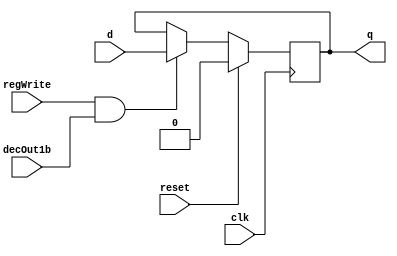
//RegisterFile.v

//D flip-flop implementation
module D_ff( input clk, input reset, input regWrite, input decOut1b , input d, output reg q);
    always @ (negedge clk)
    begin
    if(reset==1)
        q=0;
    else
        if(regWrite == 1 && decOut1b==1)
        begin
            q=d;
        end
    end
endmodule

//32 bit register
module register32bit(input clk, input reset, input regWrite, input decoderOut1bit, input[31:0] writeData, output[31:0] regOut);
//A N-bit register consists of N D flip-flops, each storing a bit of data.
//In this case, there will be 32 instances of D_ff, each taking writeData[0]...[31] as the d input and regOut[0]...[31] as the q output
//WRITE CODE HERE

    D_ff dff0(clk, reset, regWrite, decoderOut1bit, writeData[0], regOut[0]);
    D_ff dff1(clk, reset, regWrite, decoderOut1bit, writeData[1], regOut[1]);
    D_ff dff2(clk, reset, regWrite, decoderOut1bit, writeData[2], regOut[2]);
    D_ff dff3(clk, reset, regWrite, decoderOut1bit, writeData[3], regOut[3]);
    D_ff dff4(clk, reset, regWrite, decoderOut1bit, writeData[4], regOut[4]);
    D_ff dff5(clk, reset, regWrite, decoderOut1bit, writeData[5], regOut[5]);
    D_ff dff6(clk, reset, regWrite, decoderOut1bit, writeData[6], regOut[6]);
    D_ff dff7(clk, reset, regWrite, decoderOut1bit, writeData[7], regOut[7]);
    D_ff dff8(clk, reset, regWrite, decoderOut1bit, writeData[8], regOut[8]);
    D_ff dff9(clk, reset, regWrite, decoderOut1bit, writeData[9], regOut[9]);
    D_ff dff10(clk, reset, regWrite, decoderOut1bit, writeData[10], regOut[10]);
    D_ff dff11(clk, reset, regWrite, decoderOut1bit, writeData[11], regOut[11]);
    D_ff dff12(clk, reset, regWrite, decoderOut1bit, writeData[12], regOut[12]);
    D_ff dff13(clk, reset, regWrite, decoderOut1bit, writeData[13], regOut[13]);
    D_ff dff14(clk, reset, regWrite, decoderOut1bit, writeData[14], regOut[14]);
    D_ff dff15(clk, reset, regWrite, decoderOut1bit, writeData[15], regOut[15]);
    D_ff dff16(clk, reset, regWrite, decoderOut1bit, writeData[16], regOut[16]);
    D_ff dff17(clk, reset, regWrite, decoderOut1bit, writeData[17], regOut[17]);
    D_ff dff18(clk, reset, regWrite, decoderOut1bit, writeData[18], regOut[18]);
    D_ff dff19(clk, reset, regWrite, decoderOut1bit, writeData[19], regOut[19]);
    D_ff dff20(clk, reset, regWrite, decoderOut1bit, writeData[20], regOut[20]);
    D_ff dff21(clk, reset, regWrite, decoderOut1bit, writeData[21], regOut[21]);
    D_ff dff22(clk, reset, regWrite, decoderOut1bit, writeData[22], regOut[22]);
    D_ff dff23(clk, reset, regWrite, decoderOut1bit, writeData[23], regOut[23]);
    D_ff dff24(clk, reset, regWrite, decoderOut1bit, writeData[24], regOut[24]);
    D_ff dff25(clk, reset, regWrite, decoderOut1bit, writeData[25], regOut[25]);
    D_ff dff26(clk, reset, regWrite, decoderOut1bit, writeData[26], regOut[26]);
    D_ff dff27(clk, reset, regWrite, decoderOut1bit, writeData[27], regOut[27]);
    D_ff dff28(clk, reset, regWrite, decoderOut1bit, writeData[28], regOut[28]);
    D_ff dff29(clk, reset, regWrite, decoderOut1bit, writeData[29], regOut[29]);
    D_ff dff30(clk, reset, regWrite, decoderOut1bit, writeData[30], regOut[30]);
    D_ff dff31(clk, reset, regWrite, decoderOut1bit, writeData[31], regOut[31]);

endmodule

//Active high decoder
module decoder_5to32(input[4:0] in, output reg[31:0] decOut);
//WRITE CODE HERE
    
	always @ (in) begin
		case (in)
			5'd0 : decOut = 32'b00000000000000000000000000000001;
			5'd1 : decOut = 32'b00000000000000000000000000000010;
			5'd2 : decOut = 32'b00000000000000000000000000000100;
			5'd3 : decOut = 32'b00000000000000000000000000001000;
			5'd4 : decOut = 32'b00000000000000000000000000010000;
			5'd5 : decOut = 32'b00000000000000000000000000100000;
			5'd6 : decOut = 32'b00000000000000000000000001000000;
			5'd7 : decOut = 32'b00000000000000000000000010000000;
			5'd8 : decOut = 32'b00000000000000000000000100000000;
			5'd9 : decOut = 32'b00000000000000000000001000000000;
			5'd10 : decOut = 32'b00000000000000000000010000000000;
			5'd11 : decOut = 32'b00000000000000000000100000000000;
			5'd12 : decOut = 32'b00000000000000000001000000000000;
			5'd13 : decOut = 32'b00000000000000000010000000000000;
			5'd14 : decOut = 32'b00000000000000000100000000000000;
			5'd15 : decOut = 32'b00000000000000001000000000000000;
			5'd16 : decOut = 32'b00000000000000010000000000000000;
			5'd17 : decOut = 32'b00000000000000100000000000000000;
			5'd18 : decOut = 32'b00000000000001000000000000000000;
			5'd19 : decOut = 32'b00000000000010000000000000000000;
			5'd20 : decOut = 32'b00000000000100000000000000000000;
			5'd21 : decOut = 32'b00000000001000000000000000000000;
			5'd22 : decOut = 32'b00000000010000000000000000000000;
			5'd23 : decOut = 32'b00000000100000000000000000000000;
			5'd24 : decOut = 32'b00000001000000000000000000000000;
			5'd25 : decOut = 32'b00000010000000000000000000000000;
			5'd26 : decOut = 32'b00000100000000000000000000000000;
			5'd27 : decOut = 32'b00001000000000000000000000000000;
			5'd28 : decOut = 32'b00010000000000000000000000000000;
			5'd29 : decOut = 32'b00100000000000000000000000000000;
			5'd30 : decOut = 32'b01000000000000000000000000000000;
			5'd31 : decOut = 32'b10000000000000000000000000000000;
		endcase
	end

endmodule

// select 0 = in0 1 = in1
module mux2to1_5bit(input [4:0] in0, input [4:0] in1, input select, output reg [4:0] muxOut);
  //WRITE CODE HERE

	always @ (in0 or in1 or select) begin
		case (select)
			1'd0 : muxOut = in0;
			1'd1 : muxOut = in1;
		endcase
	end

endmodule

module mux32to1_32bit(input[31:0] in0, input[31:0] in1, input[31:0] in2, input[31:0] in3, input[31:0] in4, input[31:0] in5, input[31:0] in6, input[31:0] in7,
    input[31:0] in8, input[31:0] in9, input[31:0] in10, input[31:0] in11, input[31:0] in12, input[31:0] in13, input[31:0] in14, input[31:0] in15,
    input[31:0] in16, input[31:0] in17, input[31:0] in18, input[31:0] in19, input[31:0] in20, input[31:0] in21, input[31:0] in22, input[31:0] in23,
    input[31:0] in24, input[31:0] in25, input[31:0] in26, input[31:0] in27, input[31:0] in28, input[31:0] in29, input[31:0] in30, input[31:0] in31,input[4:0] select,output reg[31:0] muxOut);
   //WRITE CODE HERE
	
	always @ (in0 or in1 or in2 or in3 or in4 or in5 or in6 or in7 or in8 or in9 or in10 or in11 or in12 or in13 or in14 or in15 or in16 or in17 or in18 or in19 or in20 or in21 or in22 or in23 or in24 or in25 or in26 or in27 or in28 or in29 or in30 or in31 or select) begin
		case (select)
			5'd0 : muxOut = in0;
			5'd1 : muxOut = in1;
			5'd2 : muxOut = in2;
			5'd3 : muxOut = in3;
			5'd4 : muxOut = in4;
			5'd5 : muxOut = in5;
			5'd6 : muxOut = in6;
			5'd7 : muxOut = in7;
			5'd8 : muxOut = in8;
			5'd9 : muxOut = in9;
			5'd10 : muxOut = in10;
			5'd11 : muxOut = in11;
			5'd12 : muxOut = in12;
			5'd13 : muxOut = in13;
			5'd14 : muxOut = in14;
			5'd15 : muxOut = in15;
			5'd16 : muxOut = in16;
			5'd17 : muxOut = in17;
			5'd18 : muxOut = in18;
			5'd19 : muxOut = in19;
			5'd20 : muxOut = in20;
			5'd21 : muxOut = in21;
			5'd22 : muxOut = in22;
			5'd23 : muxOut = in23;
			5'd24 : muxOut = in24;
			5'd25 : muxOut = in25;
			5'd26 : muxOut = in26;
			5'd27 : muxOut = in27;
			5'd28 : muxOut = in28;
			5'd29 : muxOut = in29;
			5'd30 : muxOut = in30;
			5'd31 : muxOut = in31;
		endcase
	end


endmodule

//register set with 32 registers
module registerSet(input clk, input reset, input regWrite, input[31:0] decoderOut, input[31:0] writeData, 
    output [31:0] outR0, output[31:0] outR1, output[31:0] outR2, output[31:0] outR3, output[31:0] outR4, output[31:0] outR5, output[31:0] outR6, output[31:0] outR7,
    output [31:0] outR8, output[31:0] outR9, output[31:0] outR10, output[31:0] outR11, output[31:0] outR12, output[31:0] outR13, output[31:0] outR14, output[31:0] outR15,
    output [31:0] outR16, output[31:0] outR17, output[31:0] outR18, output[31:0] outR19, output[31:0] outR20, output[31:0] outR21, output[31:0] outR22, output[31:0] outR23,
    output [31:0] outR24, output[31:0] outR25, output[31:0] outR26, output[31:0] outR27, output[31:0] outR28, output[31:0] outR29, output[31:0] outR30, output[31:0] outR31);
    //WRITE CODE HERE
    
    register32bit r0(clk, reset, regWrite, decoderOut[0], writeData, outR0);
    register32bit r1(clk, reset, regWrite, decoderOut[1], writeData, outR1);
    register32bit r2(clk, reset, regWrite, decoderOut[2], writeData, outR2);
    register32bit r3(clk, reset, regWrite, decoderOut[3], writeData, outR3);
    register32bit r4(clk, reset, regWrite, decoderOut[4], writeData, outR4);
    register32bit r5(clk, reset, regWrite, decoderOut[5], writeData, outR5);
    register32bit r6(clk, reset, regWrite, decoderOut[6], writeData, outR6);
    register32bit r7(clk, reset, regWrite, decoderOut[7], writeData, outR7);
    register32bit r8(clk, reset, regWrite, decoderOut[8], writeData, outR8);
    register32bit r9(clk, reset, regWrite, decoderOut[9], writeData, outR9);
    register32bit r10(clk, reset, regWrite, decoderOut[10], writeData, outR10);
    register32bit r11(clk, reset, regWrite, decoderOut[11], writeData, outR11);
    register32bit r12(clk, reset, regWrite, decoderOut[12], writeData, outR12);
    register32bit r13(clk, reset, regWrite, decoderOut[13], writeData, outR13);
    register32bit r14(clk, reset, regWrite, decoderOut[14], writeData, outR14);
    register32bit r15(clk, reset, regWrite, decoderOut[15], writeData, outR15);
    register32bit r16(clk, reset, regWrite, decoderOut[16], writeData, outR16);
    register32bit r17(clk, reset, regWrite, decoderOut[17], writeData, outR17);
    register32bit r18(clk, reset, regWrite, decoderOut[18], writeData, outR18);
    register32bit r19(clk, reset, regWrite, decoderOut[19], writeData, outR19);
    register32bit r20(clk, reset, regWrite, decoderOut[20], writeData, outR20);
    register32bit r21(clk, reset, regWrite, decoderOut[21], writeData, outR21);
    register32bit r22(clk, reset, regWrite, decoderOut[22], writeData, outR22);
    register32bit r23(clk, reset, regWrite, decoderOut[23], writeData, outR23);
    register32bit r24(clk, reset, regWrite, decoderOut[24], writeData, outR24);
    register32bit r25(clk, reset, regWrite, decoderOut[25], writeData, outR25);
    register32bit r26(clk, reset, regWrite, decoderOut[26], writeData, outR26);
    register32bit r27(clk, reset, regWrite, decoderOut[27], writeData, outR27);
    register32bit r28(clk, reset, regWrite, decoderOut[28], writeData, outR28);
    register32bit r29(clk, reset, regWrite, decoderOut[29], writeData, outR29);
    register32bit r30(clk, reset, regWrite, decoderOut[30], writeData, outR30);
    register32bit r31(clk, reset, regWrite, decoderOut[31], writeData, outR31);

endmodule

module registerFile(input clk, input reset, input regWrite, input[4:0] rs, input[4:0] rt, input[4:0] rd0, input[4:0] rd1, input[31:0] writeData, input select, output[31:0] regRs, output[31:0] regRt);
    //WRITE CODE HERE

    wire[4:0] muxOut;
    wire[31:0] decOut, outR0, outR1, outR2, outR3, outR4, outR5, outR6, outR7, outR8, outR9, outR10, outR11, outR12, outR13, outR14, outR15, outR16, outR17, outR18, outR19, outR20, outR21, outR22, outR23, outR24, outR25, outR26, outR27, outR28, outR29, outR30, outR31;

    mux2to1_5bit m0(rd0, rd1, select, muxOut);
    decoder_5to32 d0(muxOut, decOut);
    registerSet rs0(clk, reset, regWrite, decOut, writeData, outR0, outR1, outR2, outR3, outR4, outR5, outR6, outR7, outR8, outR9, outR10, outR11, outR12, outR13, outR14, outR15, outR16, outR17, outR18, outR19, outR20, outR21, outR22, outR23, outR24, outR25, outR26, outR27, outR28, outR29, outR30, outR31);
    mux32to1_32bit m1(outR0, outR1, outR2, outR3, outR4, outR5, outR6, outR7, outR8, outR9, outR10, outR11, outR12, outR13, outR14, outR15, outR16, outR17, outR18, outR19, outR20, outR21, outR22, outR23, outR24, outR25, outR26, outR27, outR28, outR29, outR30, outR31, rs, regRs);
    mux32to1_32bit m2(outR0, outR1, outR2, outR3, outR4, outR5, outR6, outR7, outR8, outR9, outR10, outR11, outR12, outR13, outR14, outR15, outR16, outR17, outR18, outR19, outR20, outR21, outR22, outR23, outR24, outR25, outR26, outR27, outR28, outR29, outR30, outR31, rt, regRt);

endmodule


module testbench();
//inputs
    reg clk,reset,regWrite,select;
    reg [4:0] rs,rt,rd1,rd0;
    reg [31:0] writeData;
//outputs
    wire [31:0] outR0;
    wire [31:0] outR1;
//instantiate module
    registerFile uut(clk,reset,regWrite,rs,rt,rd0,rd1,writeData,select,outR0,outR1);

always begin #5 clk=~clk; end
    initial
    begin 
        $dumpfile("2018A7PS0396G_Lab2.vcd"); //replace yourID with your BITS ID here
        $dumpvars(0,testbench);
        clk=0; reset=1; rs=5'd0; rt=5'd1; rd1=5'd0; rd0=5'd2; //reset is active high, so outR0 and outR1 will be 0
        #5 reset=0; select=1; regWrite=1; rd1=5'd1; writeData=32'd1; //1 is written to register 1, since regWrite is active and rd1 is selected
        #10 rd1=5'd3; writeData=32'd3; //3 is written to register 3
        #10 rd1=5'd10; writeData=32'd10; rs=5'd1; rt=5'd3; //10 is written to register 10, outR0 is 1 and outR1 is 3 (values of reg1 and reg3)
        #10 rd1=5'd27; writeData=32'd27; rs=5'd0; rt=5'd10; //27 is written to register 27, outR0 is 0 and outR1 is 10
        #10 select=0; writeData=32'd21; //21 is written to register 2 since select now selects rd0
        #10 rd0=5'd4; writeData=32'd4; //4 is written to register 4
        #10 rd0=5'd16; writeData=32'd16; //16 is written to register 16
        #10 regWrite=0; rs=5'd0; rt=5'd1; //regWrite is 0, no more values will be written. outR0 is 0 and outR1 is 1
        #10 rs=5'd3;rt=5'd2; //outR0 is 3 and outR1 is 21
        #10 rs=5'd10;rt=5'd4; //outR0 is 10 and outR1 is 4
        #10 rs=5'd27;rt=5'd16; //outR0 is 27 and outR1 is 16
        #10 $finish;
    end
endmodule